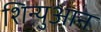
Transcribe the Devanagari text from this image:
शिन्युआन